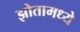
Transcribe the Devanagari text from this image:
झोतामध्ये